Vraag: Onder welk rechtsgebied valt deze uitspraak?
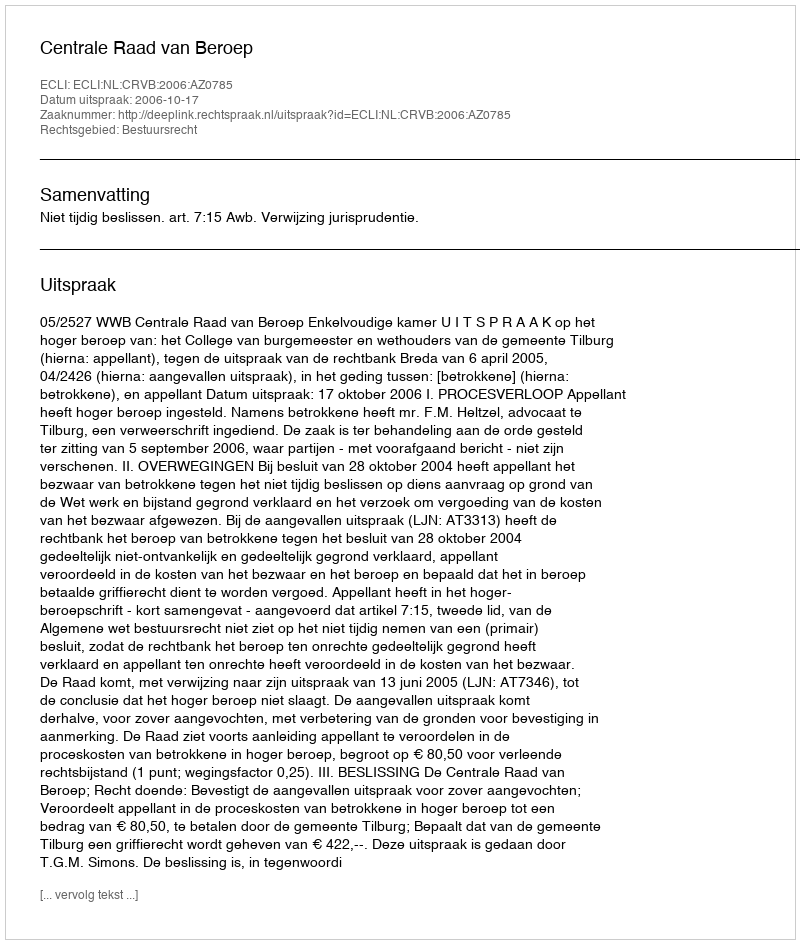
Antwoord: Bestuursrecht